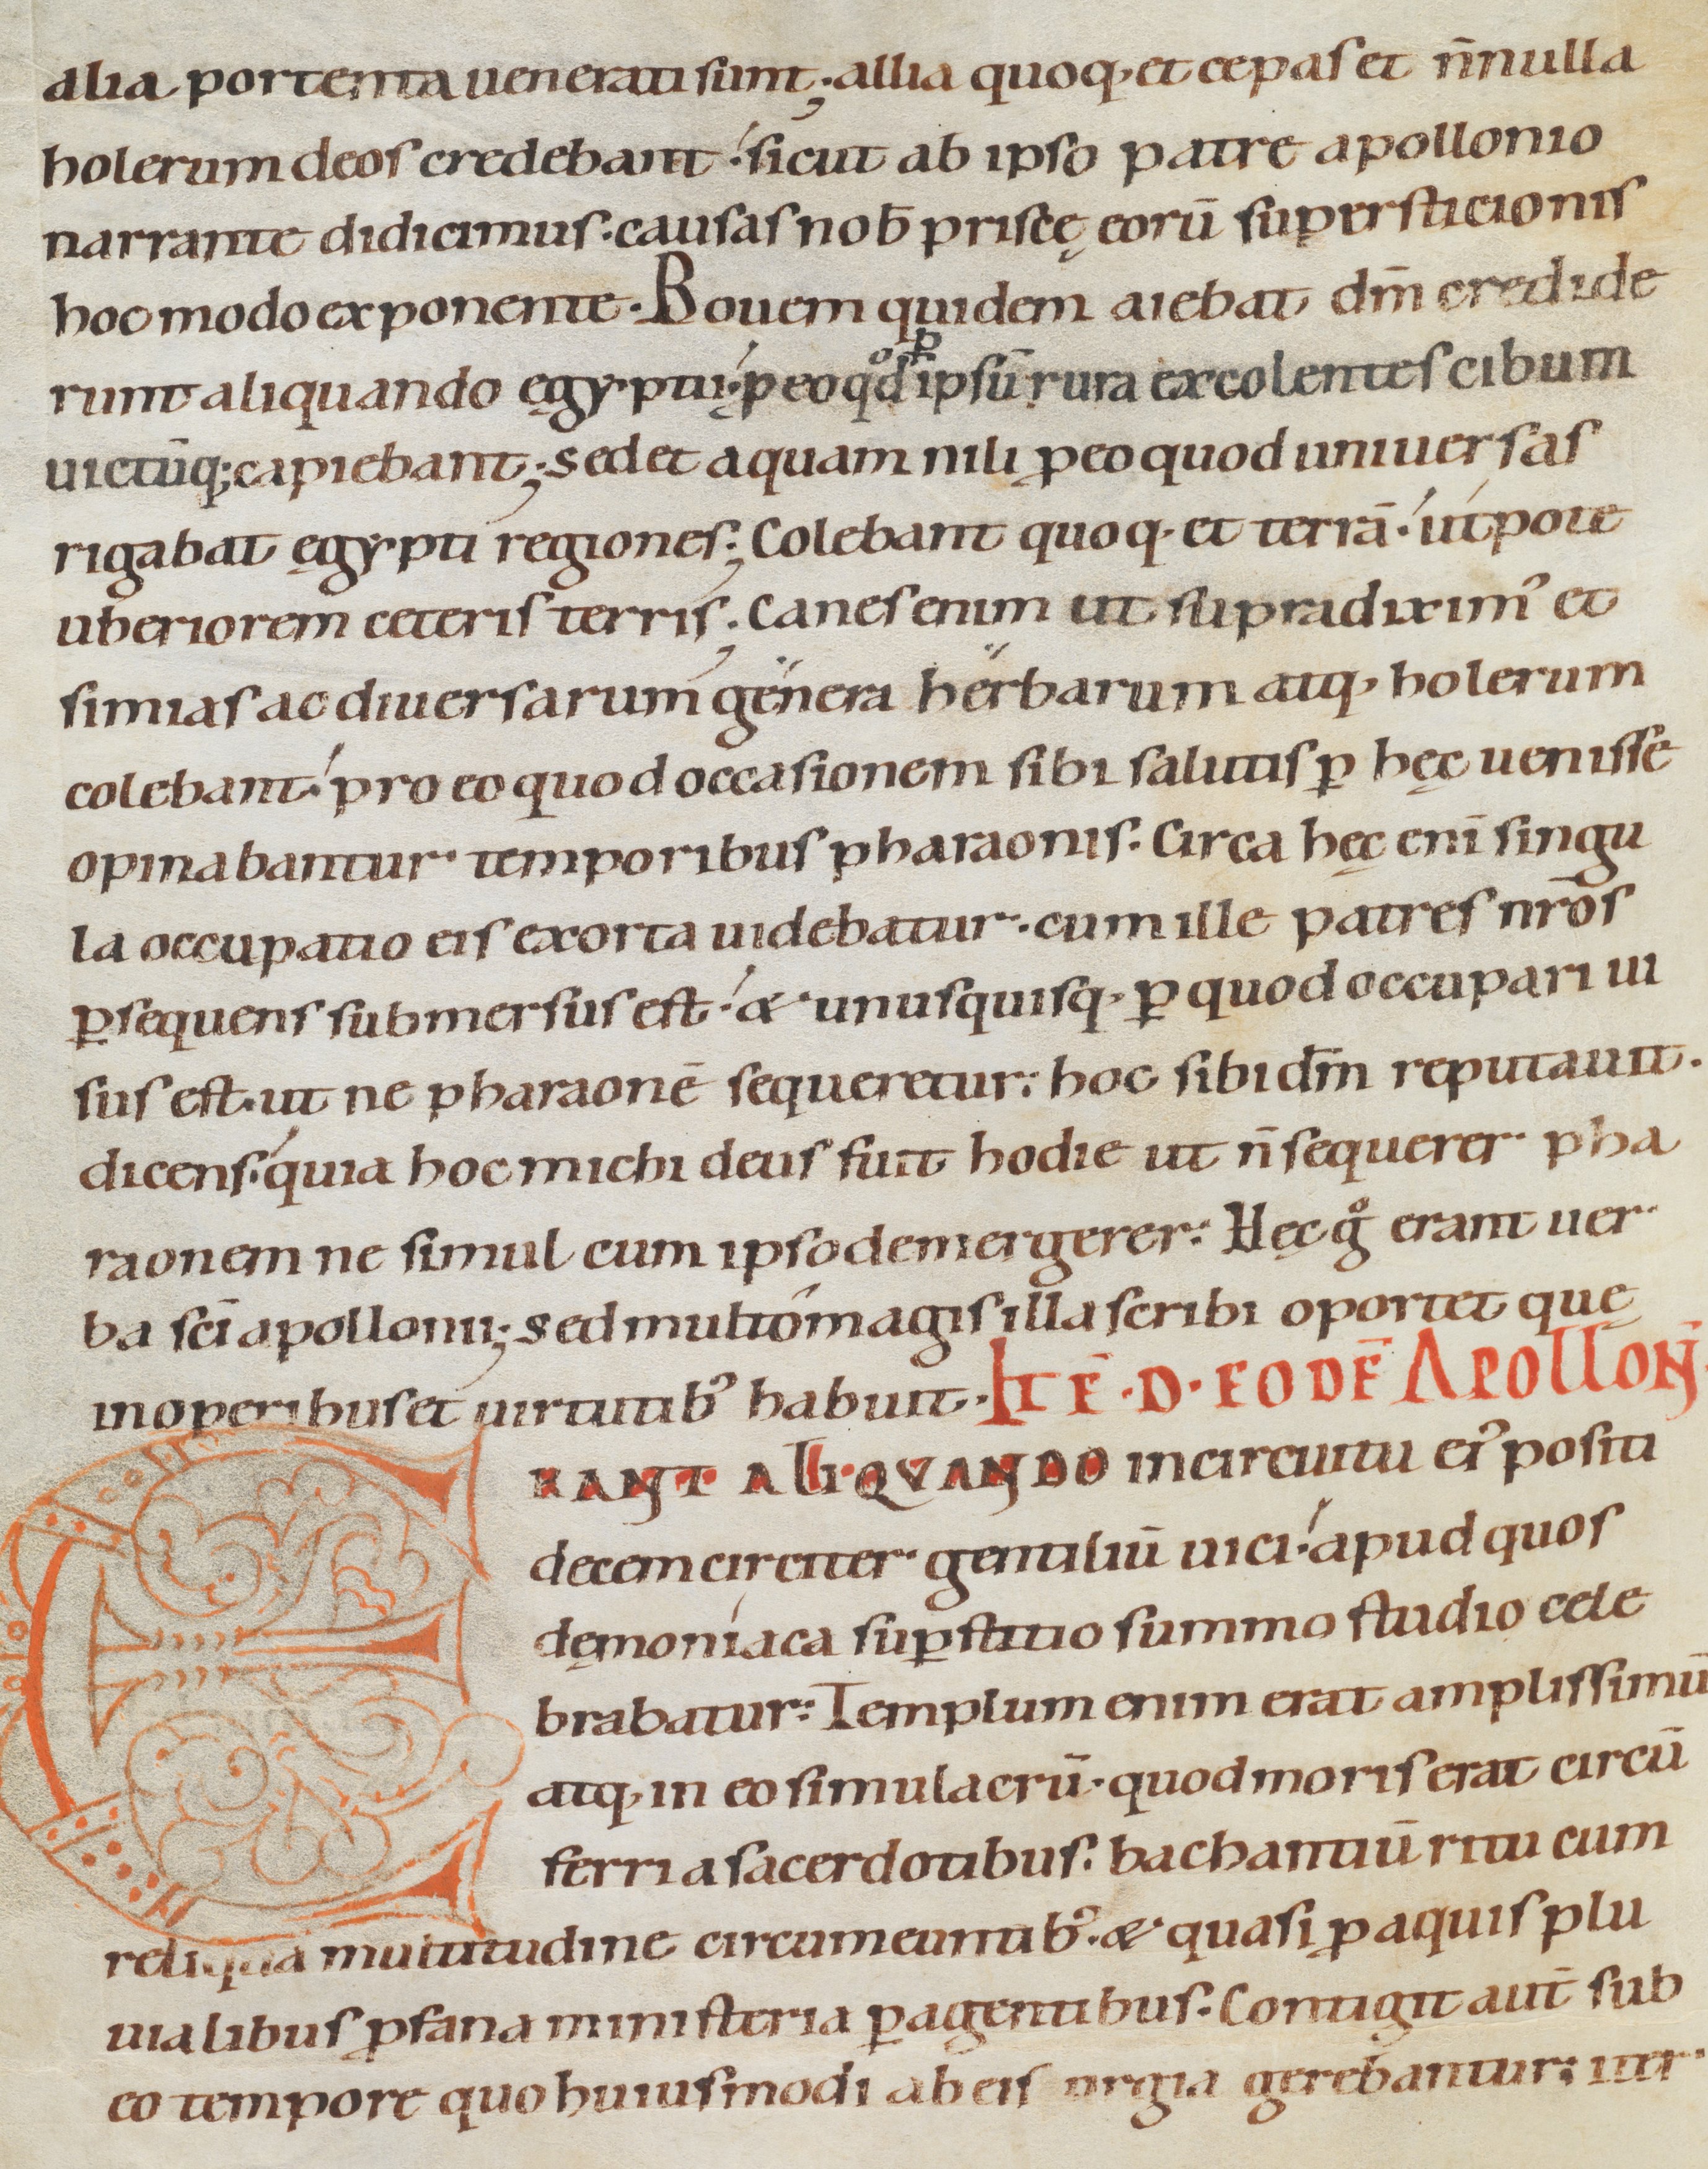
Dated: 1080–1096